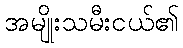
အမျိုးသမီးငယ်၏